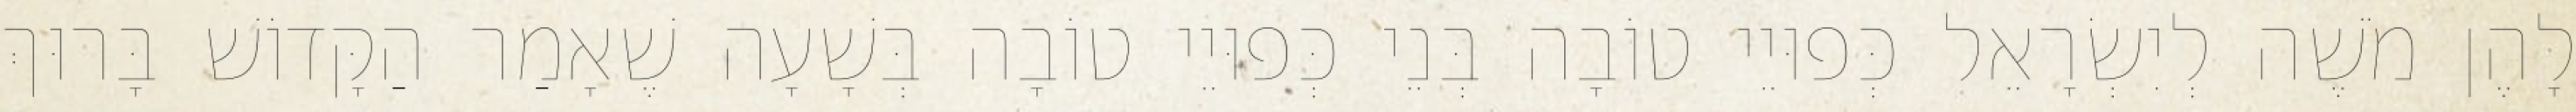
לָהֶן מֹשֶׁה לְיִשְׂרָאֵל כְּפוּיֵי טוֹבָה בְּנֵי כְּפוּיֵי טוֹבָה בְּשָׁעָה שֶׁאָמַר הַקָּדוֹשׁ בָּרוּךְ